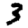
Digit: 3